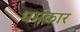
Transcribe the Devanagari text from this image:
धर्मकार